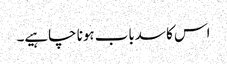
اس کا سدباب ہونا چاہیے۔